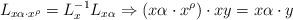
LaTeX: \begin{align*}L_{x\alpha\cdot x^\rho}=L^{-1}_{x}L_{x\alpha}\Rightarrow(x\alpha\cdot x^\rho)\cdot xy = x\alpha\cdot y\end{align*}